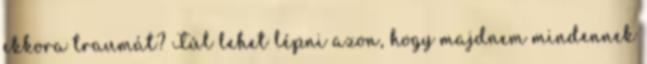
ekkora traumát? Túl lehet lépni azon, hogy majdnem mindennek